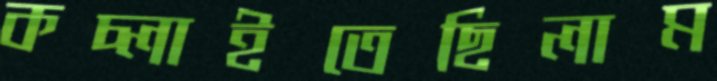
কচ্‌লাইতেছিলাম